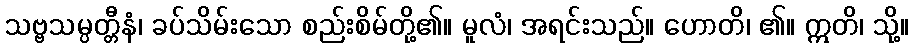
သဗ္ဗသမ္ပတ္တီနံ၊ ခပ်သိမ်းသော စည်းစိမ်တို့၏။ မူလံ၊ အရင်းသည်။ ဟောတိ၊ ၏။ ဣတိ၊ သို့။